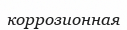
коррозионная